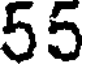
55